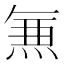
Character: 𭵄